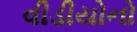
વીડીયોનો